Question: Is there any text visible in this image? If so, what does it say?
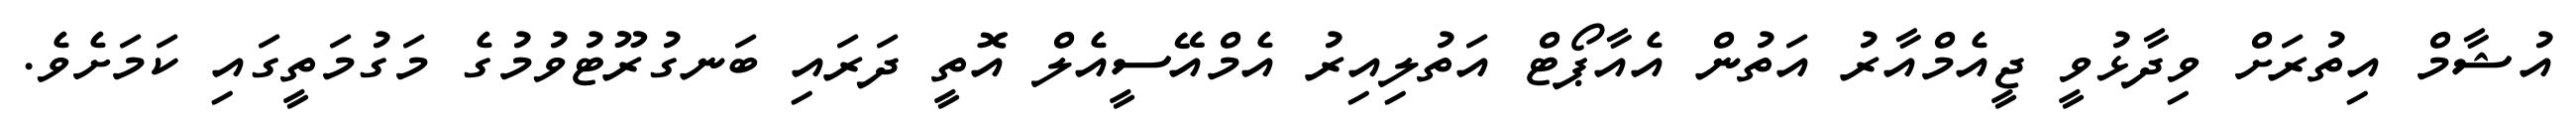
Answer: އުޝާމް އިތުރަށް ވިދާޅުވީ ޖީއެމްއާރު އަތުން އެއާޕޯޓް އަތުލިއިރު އެމްއޭސީއެލް އޮތީ ދަރައި ބަނގުރޫޓުވުމުގެ މަގުމަތީގައި ކަމަށެވެ.